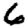
Digit: 6